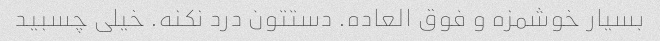
بسیار خوشمزه و فوق العاده. دستتون درد نکنه. خیلی چسبید